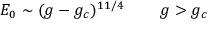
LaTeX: E _ { 0 } \sim ( g - g _ { c } ) ^ { 1 1 / 4 } \; \; \; \; \; \; \; \; g > g _ { c }